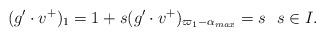
LaTeX: \begin{align*} (g'\cdot v^+)_{1} = 1 + s (g'\cdot v^+)_{\varpi_{1}-\alpha_{max}} = s\ \ s\in I. \end{align*}